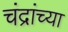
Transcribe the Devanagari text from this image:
चंद्रांच्या